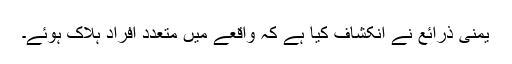
یمنی ذرائع نے انکشاف کیا ہے کہ واقعے میں متعدد افراد ہلاک ہوئے۔